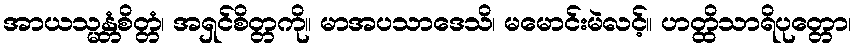
အာယသ္မန္တံစိတ္တံ၊ အရှင်စိတ္တကို။ မာအပသာဒေသိ၊ မမောင်းမဲလင့်။ ဟတ္ထိသာရိပုတ္တော၊